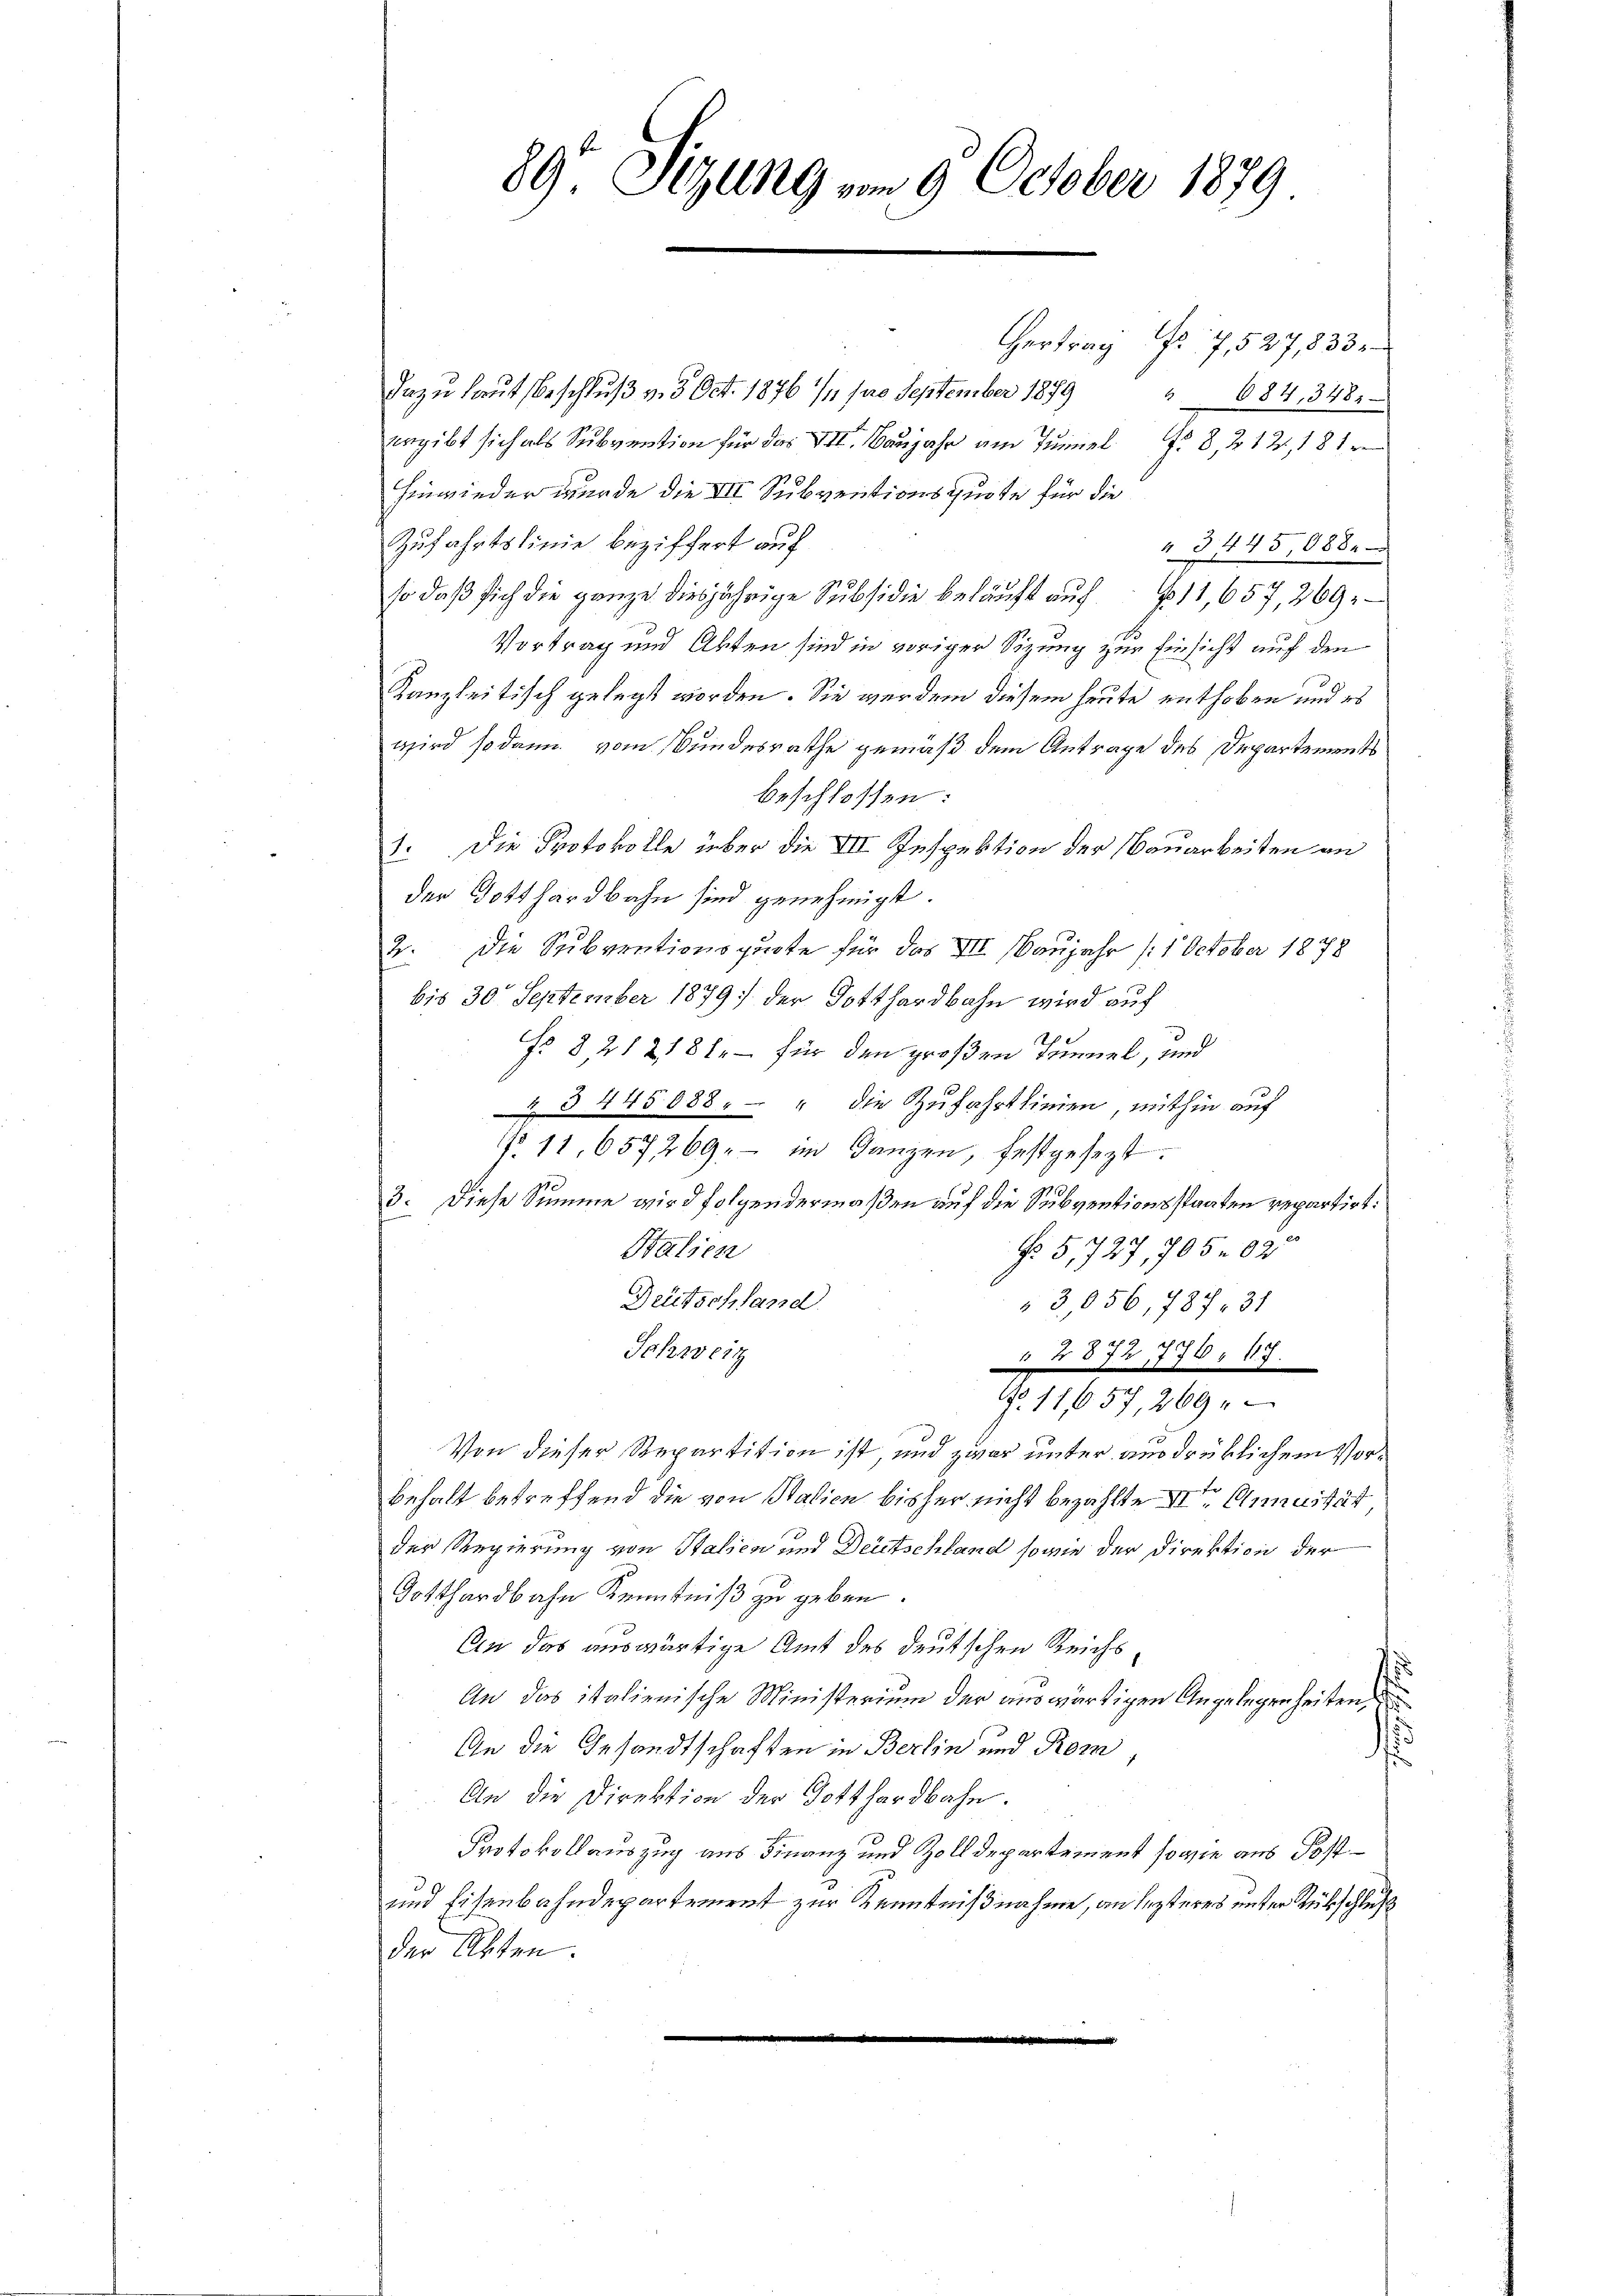
.
89. Sizung vom 9. October 1879.

Hertrag Nr. 7,527,833
dazu laut Beschluß v. 5. Oct. 1876 /1 pro September 1879
 684, 3481
ergibt sich als Subvention für das VII. Banjahr am Tunnel Fr. 8, 212, 18 1
Hinwieder wurde die VII Subventionsquote für die
Zufahrtslinie beziffert auf
" 3445 088.
so daß sich die ganze diesjährige Subsidie beläuft auf 1,657, 269.
Vortrag und Akten sind in voriger Sizung zur Einsicht auf den
Kanzleitisch gelegt worden. Sie werden diesem heute enthoben und es
wird sodann vom Bundesrathe gemäß dem Antrage des Departements
beschlossen:
I. Die Protokolle über die VII Inspektion der Bauarbeiten an
der Gotthardbahn sind genehmigt.
2. Die Subventionsquote für das VII. Baujahr (:1 October 1878
bis 30 September 1879 der Gotthardbahn wird auf
No. 8, 212181 – für den großen Tunnel, und
Z 3 445088. - " die Zufahrtlinien, mithin auf
No. 11, 657269. im Ganzen, festgesezt.
3. Diese Summe wird folgendermaßen auf die Subventionsstaaten repartirt.
No 5,727, 705 090
Stalien
Deutschland.
3,056,787. 31
Schweiz
 1872 776. 17.
No. 11657, 269.
Von dieser Repartition ist, und zwar unter ausdrüklichem Vorbehalt betreffend die von Stalien bisher nicht bezahlte IIter Annität
der Regierung von Stalien und Deutschland sowie der Direktion der
Gotthardbahn Kenntniß zu geben.
An das auswärtige Amt des deutschen Reichs
An das italienische Ministerium der auswärtigen Angelegenheiten, d
An die Gesandtschaften in Berlin und Rom
An die Direktion der Gotthardbahn.
Protokollauszug aus Finanz und Zolldepartement sowie aus Post¬
und Eisenbahndepartement zur Kenntnißnahme, an lezteres unter Rückschluß
der Akten.
e
.
i